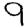
Digit: 9